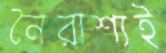
নৈরাশ্যই